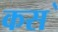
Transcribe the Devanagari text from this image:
कस॓